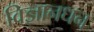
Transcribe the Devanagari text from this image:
विज्ञानधन